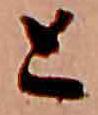
と